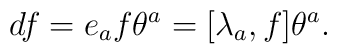
df = e_a f \theta^a = [\lambda_a, f] \theta^a.